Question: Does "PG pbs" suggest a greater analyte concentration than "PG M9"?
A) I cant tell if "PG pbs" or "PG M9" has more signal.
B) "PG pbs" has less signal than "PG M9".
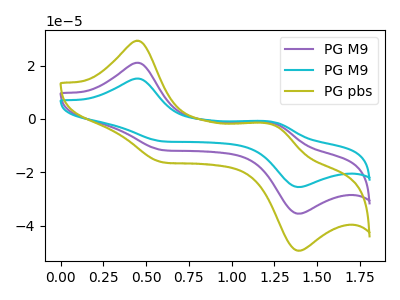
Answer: <think>The purple curve "PG M9" has anodic peaks at (0.45V, 21.05uA) (1.25V, -1.45uA) and cathodic peaks at (0.60V, -11.75uA) (1.40V, -35.45uA). The cyan curve "PG M9" has anodic peaks at (0.45V, 42.10uA) (1.25V, -2.90uA) and cathodic peaks at (0.60V, -23.50uA) (1.40V, -70.95uA). The olive curve "PG pbs" has anodic peaks at (0.45V, 29.30uA) (1.25V, -2.05uA) and cathodic peaks at (0.60V, -16.35uA) (1.40V, -49.35uA).
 All the peaks in "PG pbs" have a peak in "PG M9" at the same potential.</think>
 <answer>A) I cant tell if "PG pbs" or "PG M9" has more signal.</answer>
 <eval>A</eval>